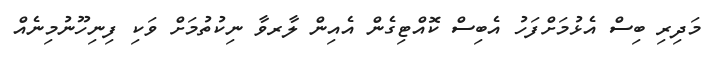
މަދިރި ބިސް އެޅުމަށްފަހު އެބިސް ކޮއްޓިގެން އެއިން ލާރވާ ނިކުތުމަށް ވަކި ފިނިހޫނުމިނެއް